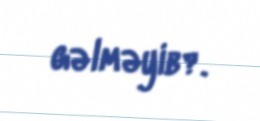
gəlməyib?.